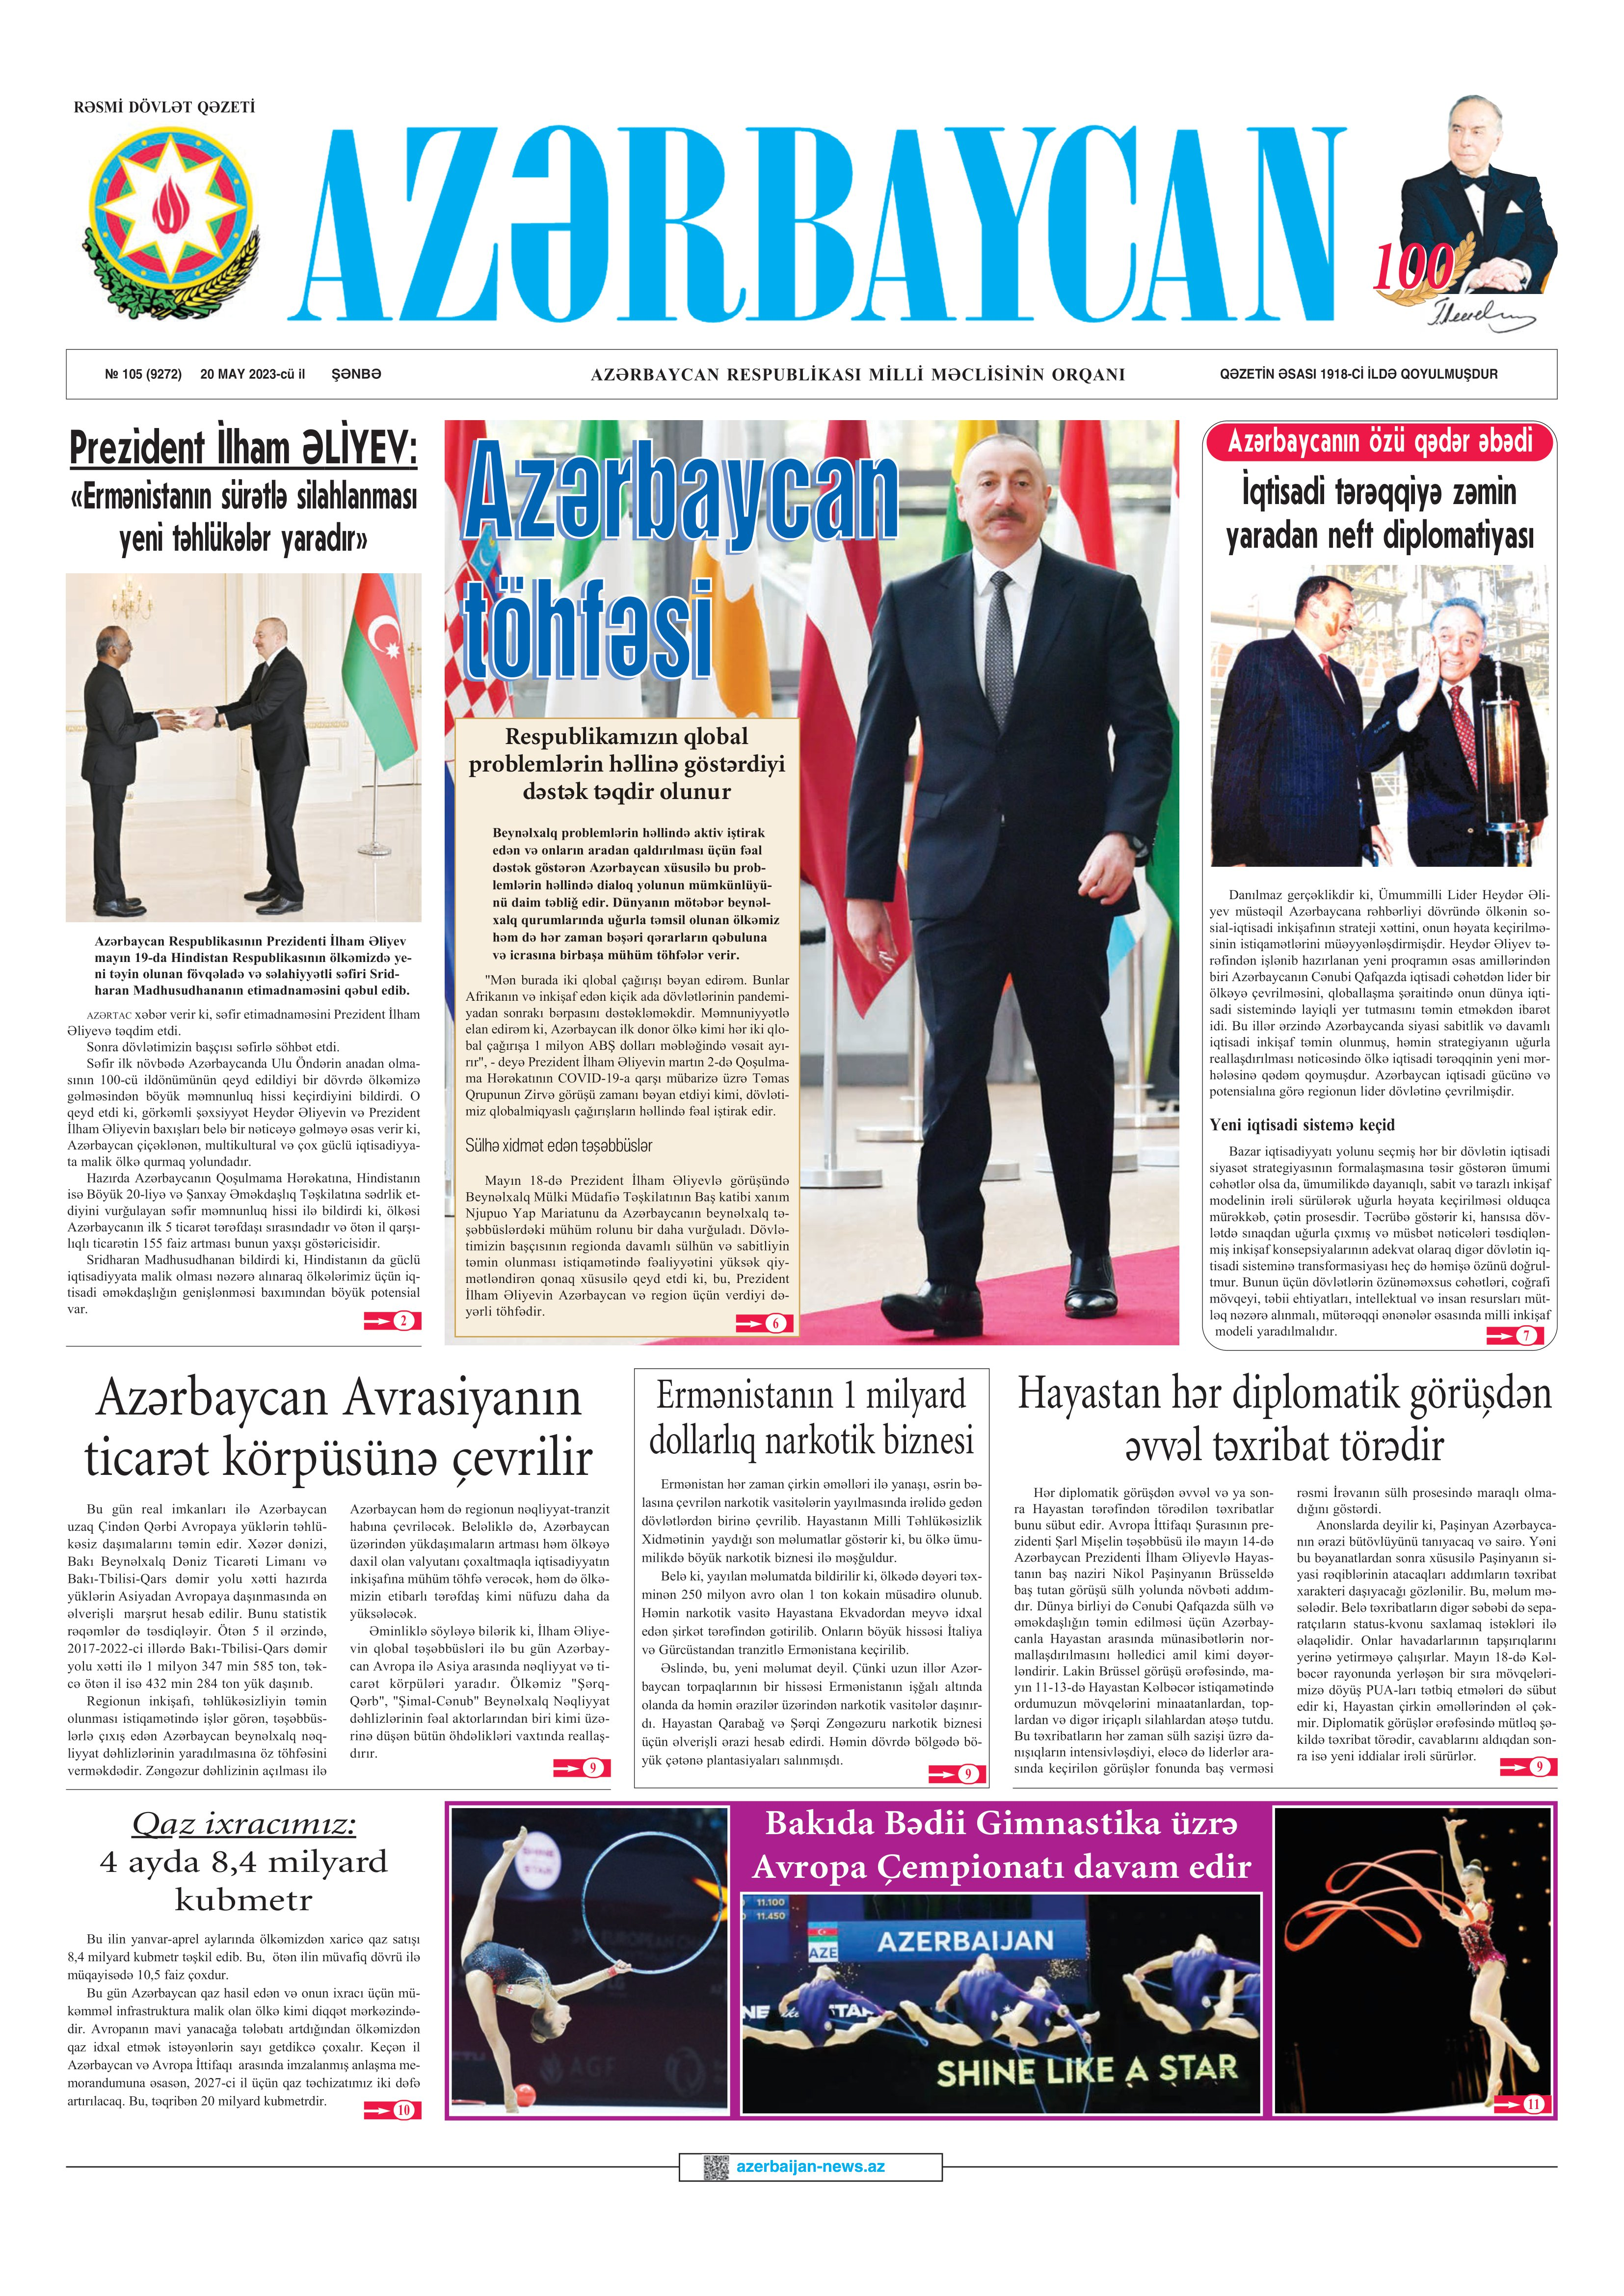
Language: az